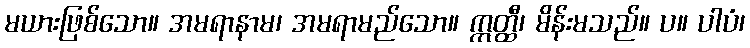
မယားဖြစ်သော။ အမရာနာမ၊ အမရာမည်သော။ ဣတ္ထီ၊ မိန်းမသည်။ ပ။ ပါပံ၊